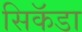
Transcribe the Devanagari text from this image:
सिकॅडा